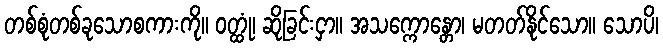
တစ်စုံတစ်ခုသောစကားကို။ ဝတ္ထုံ၊ ဆိုခြင်းငှာ။ အသက္ကောန္တော၊ မတတ်နိုင်သော။ သောပိ၊